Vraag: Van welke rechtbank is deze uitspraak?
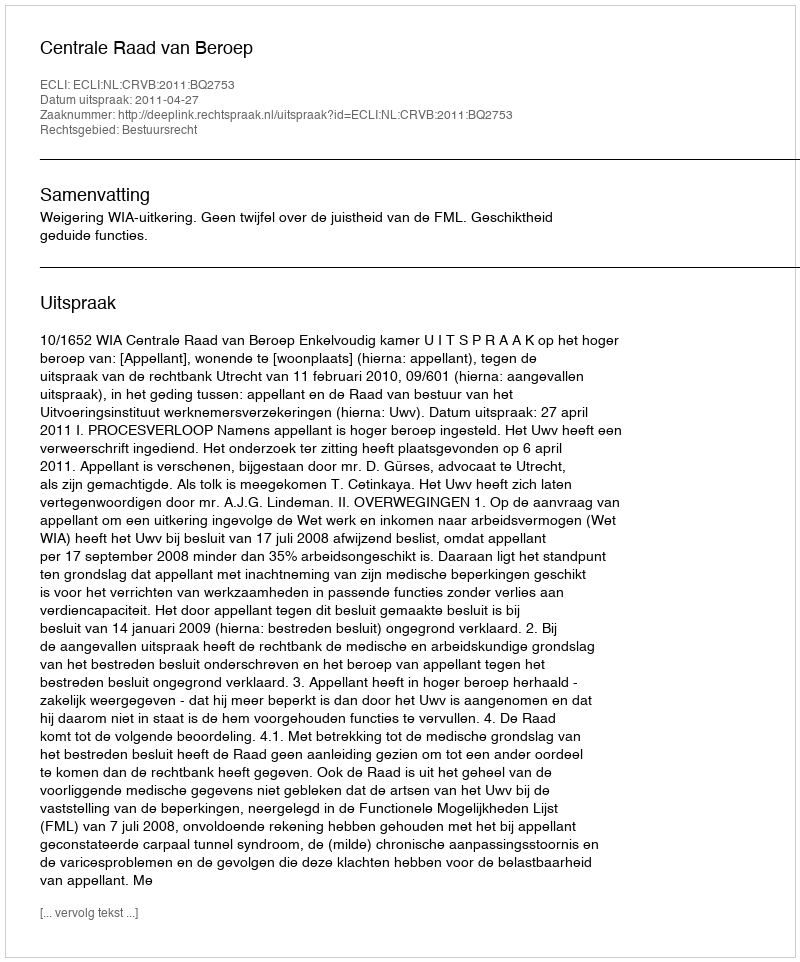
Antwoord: Centrale Raad van Beroep